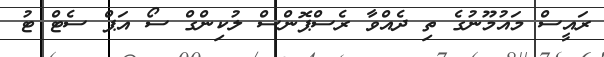
ރައީސް މައުމޫނުގެ ތި ދެއްވާ ރެސްޕޮންސް ލުކިންގް ސޯ އަޕް ސެޓް ޓު